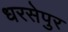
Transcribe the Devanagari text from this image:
धरसेपुर